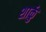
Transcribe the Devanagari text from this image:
शार्कु